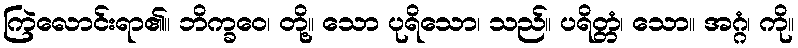
ကြဲလောင်းရာ၏။ ဘိက္ခဝေ၊ တို့။ သော ပုရိသော၊ သည်။ ပရိတ္တံ၊ သော။ အဂ္ဂံ၊ ကို။